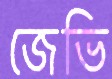
জেভি